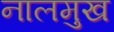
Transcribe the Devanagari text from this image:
नालमुख